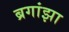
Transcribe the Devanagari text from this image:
ब्रगांझा